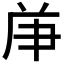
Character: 𠩖